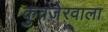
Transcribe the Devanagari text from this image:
कुवजेरवाला